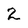
Character: 2